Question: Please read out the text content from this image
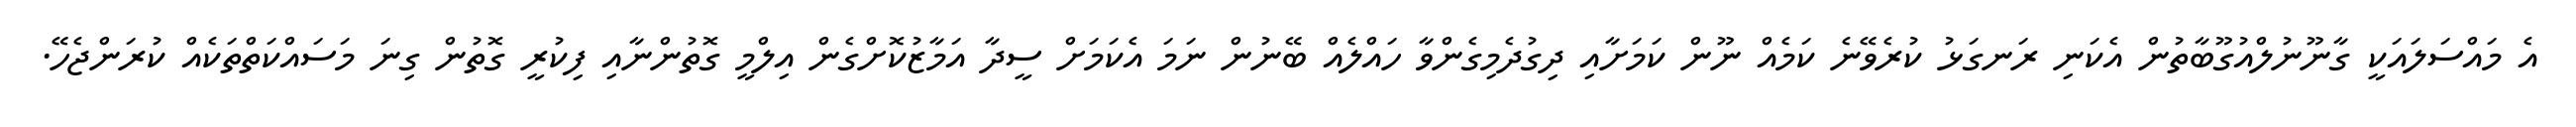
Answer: އެ މައްސަލައަކީ ގާނޫނުލްއުގޫބާތުން އެކަނި ރަނގަޅު ކުރެވޭނެ ކަމެއް ނޫން ކަމަށާއި ދިގުދެމިގެންވާ ހައްލެއް ބޭނުން ނަމަ އެކަމަށް ސީދާ އަމާޒުކޮށްގެން އިލްމީ ގޮތުންނާއި ފިކުރީ ގޮތުން ގިނަ މަސައްކަތްތަކެއް ކުރަންޖެހޭ.